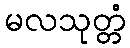
မလသုတ္တံ